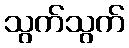
သွက်သွက်